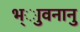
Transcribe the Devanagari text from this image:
भ्ाुवनानु